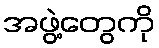
အဖွဲ့တွေကို